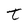
Character: t